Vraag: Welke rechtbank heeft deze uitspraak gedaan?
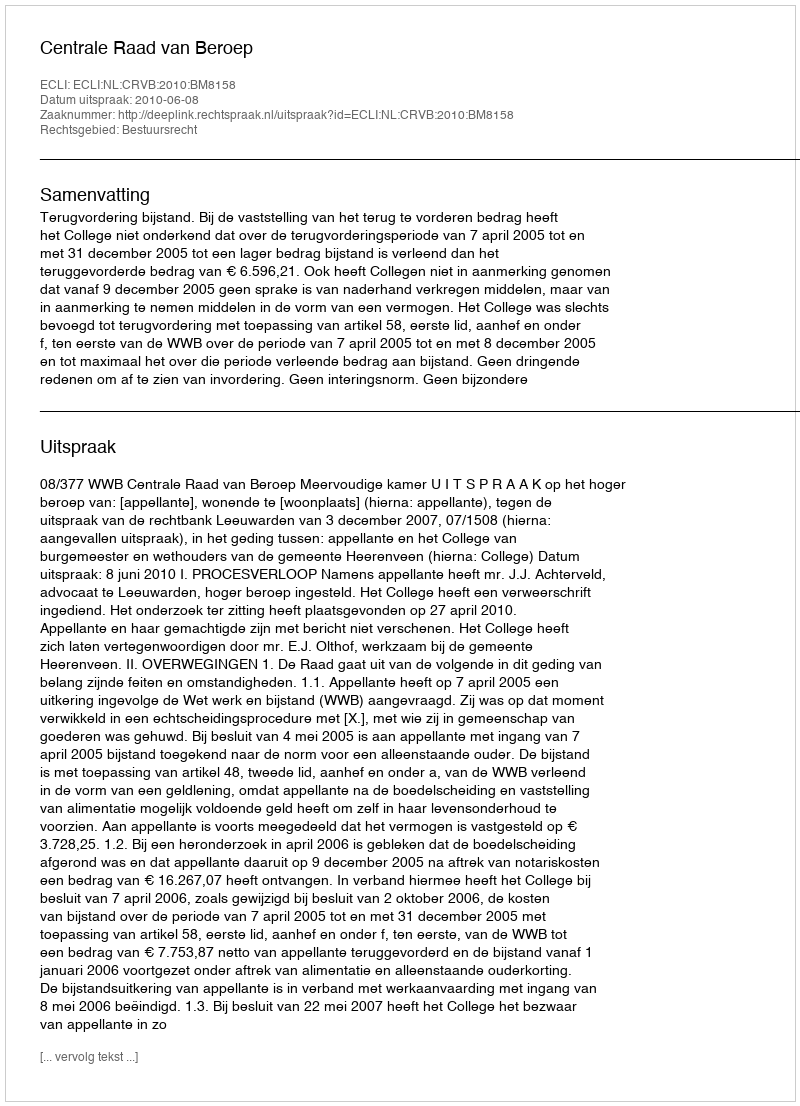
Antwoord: Centrale Raad van Beroep